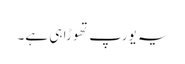
یہ یورپ تھوڑا ہی ہے۔